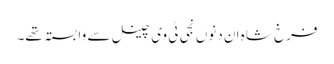
فرخ شاہ ان دنوں نجی ٹی وی چینل سے وابستہ تھے۔